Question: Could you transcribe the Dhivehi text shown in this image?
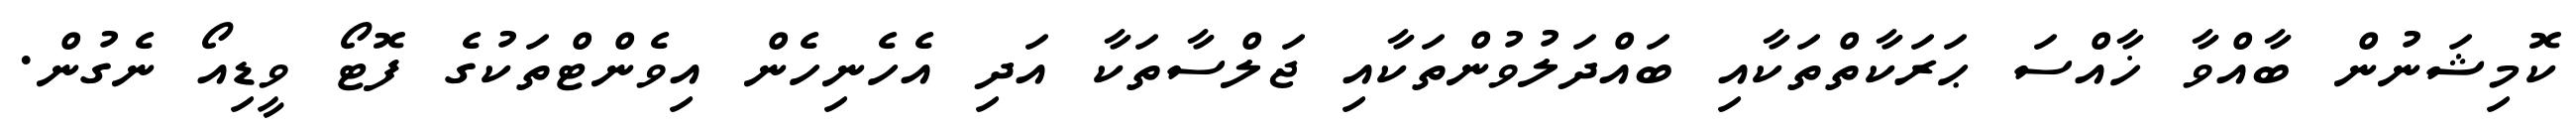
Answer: ކޮމިޝަނުން ބާއްވާ ޚާއްސަ ޙަރަކާތްތަކާއި ބައްދަލުވުންތަކާއި ޖަލްސާތަކާ އަދި އެހެނިހެން އިވެންޓްތަކުގެ ފޮޓޯ ވީޑިއޯ ނެގުން.